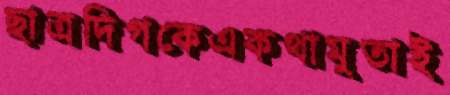
ছাত্রদিগকেএকথামুতাই